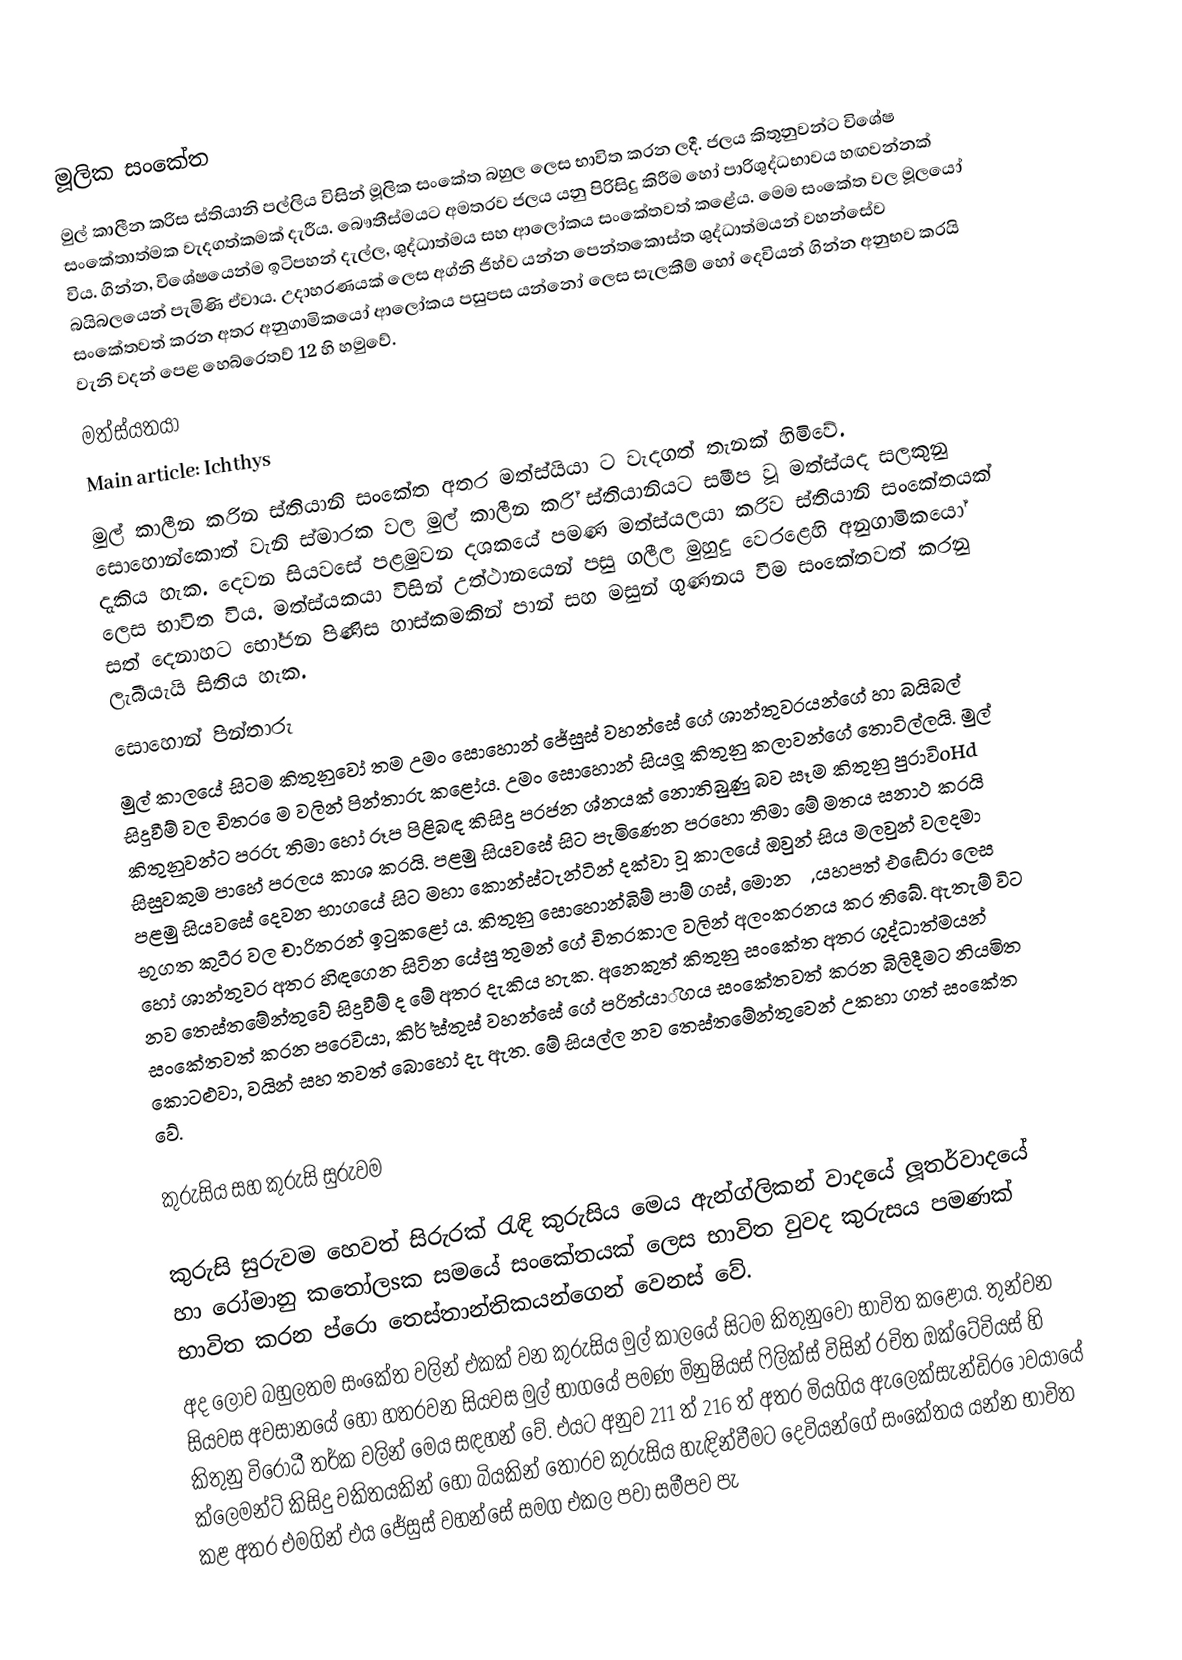
මූලික සංකේත
මුල් කාලීන කරිස  ස්තියානි පල්ලිය විසින් මූලික සංකේත බහුල ලෙස භාවිත කරන ලදී. ජලය කිතුනුවන්ට විශේෂ සංකේතාත්මක වැදගත්කමක් දැරීය. බෞතීස්මයට අමතරව ජලය යනු පිරිසිදු කිරීම හෝ පාරිශුද්ධභාවය හඟවන්නක් විය. ගින්න, විශේෂයෙන්ම ඉටිපහන් දැල්ල, ශුද්ධාත්මය සහ ආලෝකය සංකේතවත් කළේය. මෙම සංකේත වල මූලයෝ බයිබලයෙන් පැමිණි ඒවාය. උදාහරණයක් ලෙස අග්නි ජිහ්ව යන්න පෙන්තකොස්ත ශුද්ධාත්මයන් වහන්සේව සංකේතවත් කරන අතර අනුගාමිකයෝ ආලෝකය පසුපස යන්නෝ ලෙස සැලකීම් හෝ දෙවියන් ගින්න අනුභව කරයි වැනි වදන් පෙළ හෙබ්රෙතව් 12 හි හමුවේ.
මත්ස්යතයා
Main article: Ichthys
මුල් කාලීන කරින  ස්තියානි සංකේත අතර මත්ස්යියා ට වැදගත් තැනක් හිමිවේ. සොහොන්කොත් වැනි ස්මාරක වල මුල් කාලීන කරි්  ස්තියානියට සමීප වූ මත්ස්යද සලකුනු දැකිය හැක. දෙවන සියවසේ පළමුවන දශකයේ පමණ මත්ස්යලයා කරිව  ස්තියානි සංකේතයක් ලෙස භාවිත විය. මත්ස්යකයා විසින් උත්ථානයෙන් පසු ගලීල මුහුදු වෙරළෙහි අනුගාමිකයෝ සත් දෙනාහට භෝජන පිණිස හාස්කමකින් පාන් සහ මසුන් ගුණනය වීම සංකේතවත් කරනු ලැබීයැයි සිතිය හැක.
සොහොන් පින්තාරු
මුල් කාලයේ සිටම කිතුනුවෝ තම උමං සොහොන් ජේසුස් වහන්සේ ගේ ශාන්තුවරයන්ගේ හා බයිබල් සිදුවීම් වල චිතර ෙම වලින් පින්තාරු කළෝය. උමං සොහොන් සියලූ කිතුනු කලාවන්ගේ තොටිල්ලයි. මුල් කිතුනුවන්ට පරරු තිමා හෝ රූප පිළිබඳ කිසිදු පරජන ශ්නයක් නොතිබුණු බව සෑම කිතුනු පුරාවිoHd සිසුවකුම පාහේ පරලය කාශ කරයි. පළමු සියවසේ සිට පැමිණෙන පරහො තිමා මේ මතය සනාථ කරයි පළමු සියවසේ දෙවන භාගයේ සිට මහා කොන්ස්ටැන්ටින් දක්වා වූ කාලයේ ඔවුන් සිය මලවුන් වලදමා භුගත කුටීර වල චාරිතරන්  ඉටුකළෝ ය. කිතුනු සොහොන්බිම් පාම් ගස්, මොනරු, යහපත් එඬේරා ලෙස  හෝ ශාන්තුවර අතර හිඳගෙන සිටින යේසු තුමන් ගේ චිතරකාල වලින් අලංකරනය කර තිබේ. ඇතැම් විට නව තෙස්තමේන්තුවේ සිදුවීම් ද මේ අතර දැකිය හැක. අනෙකුත් කිතුනු සංකේත අතර ශුද්ධාත්මයන් සංකේතවත් කරන පරෙවියා, කිර් ්ස්තුස් වහන්සේ ගේ පරිත්යාිගය සංකේතවත් කරන බිලිදීමට නියමිත කොටළුවා, වයින් සහ තවත් බොහෝ දැ ඇත. මේ සියල්ල නව තෙස්තමේන්තුවෙන් උකහා ගත් සංකේත වේ.

කුරුසිය සහ කුරුසි සුරුවම

 කුරුසි සුරුවම හෙවත් සිරුරක් රැඳි කුරුසිය මෙය ඇන්ග්ලිකන් වාදයේ ලූතර්වාදයේ හා රෝමානු කතෝලsක සමයේ සංකේතයක් ලෙස භාවිත වුවද කුරුසය පමණක් භාවිත කරන ප්රො තෙස්තාන්තිකයන්ගෙන් වෙනස් වේ.
අද ලොව බහුලතම සංකේත වලින් එකක් වන කුරුසිය මුල් කාලයේ සිටම කිතුනුවෝ භාවිත කළෝය. තුන්වන සියවස අවසානයේ හෝ හතරවන සියවස මුල් භාගයේ පමණ මිනුෂියස් ෆිලික්ස් විසින් රචිත ඔක්ටේවියස් හි කිතුනු විරෝධී තර්ක වලින් මෙය සඳහන් වේ. එයට අනුව 211 ත් 216 ත් අතර මියගිය ඇලෙක්සැන්ඩිර ොවයායේ ක්ලෙමන්ට් කිසිදු චකිතයකින් හෝ බියකින් තොරව කුරුසිය හැඳින්වීමට දෙවියන්ගේ සංකේතය යන්න භාවිත කළ අතර එමගින් එය ජේසුස් වහන්සේ සමග එකල පවා සමීපව පැ